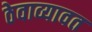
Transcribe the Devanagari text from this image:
ठेवाव्यावत